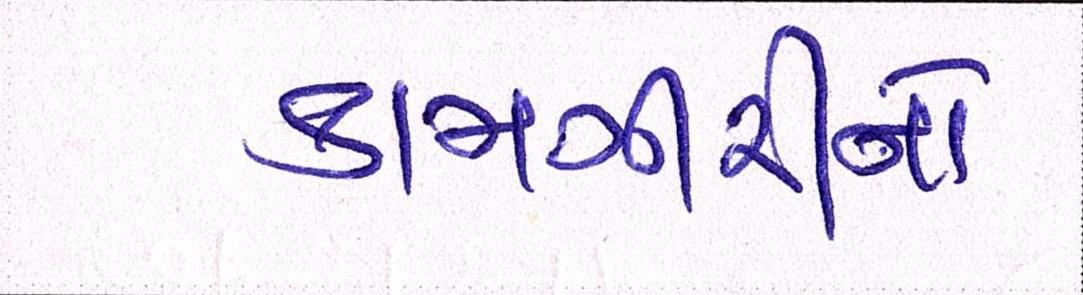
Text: કામગીરીનો